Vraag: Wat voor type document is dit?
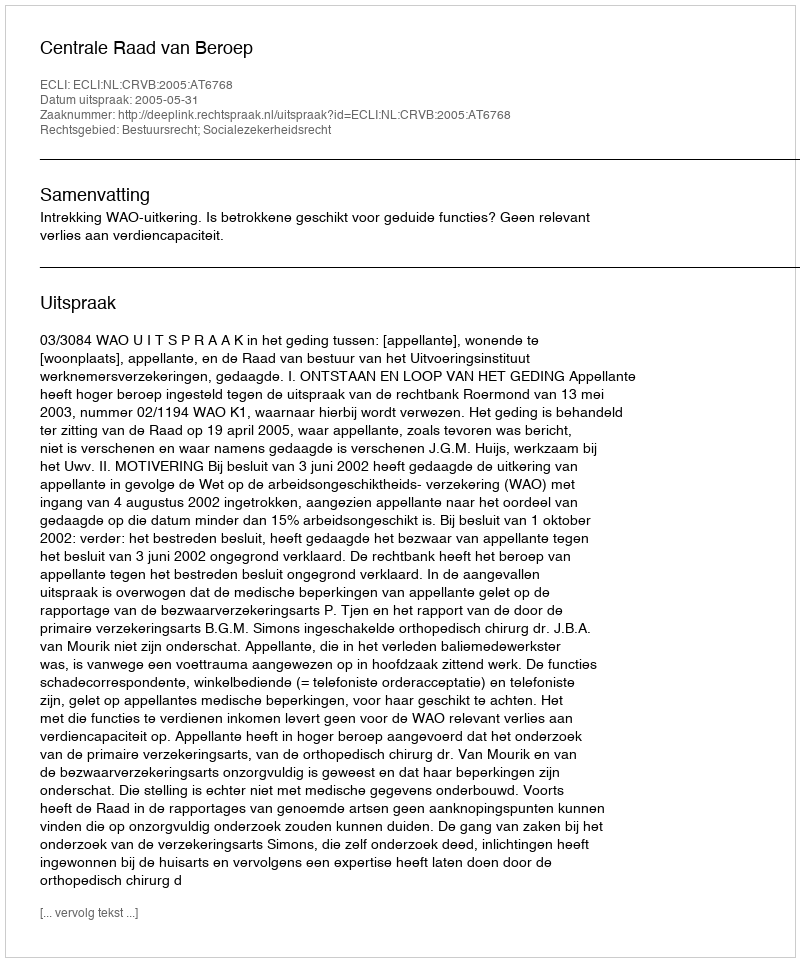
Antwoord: Uitspraak